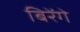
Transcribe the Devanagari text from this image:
बिरेंगे